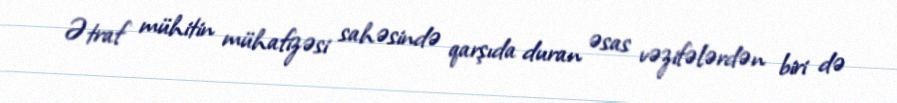
Ətraf mühitin mühafizəsi sahəsində qarşıda duran əsas vəzifələrdən biri də